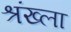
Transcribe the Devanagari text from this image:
श्रंख्ला